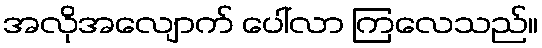
အလိုအလျောက် ပေါ်လာ ကြလေသည်။